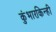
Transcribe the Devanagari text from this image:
कुंभारकिन्ही